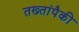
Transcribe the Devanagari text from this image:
तख्तांपैकी